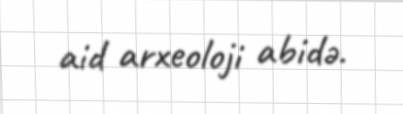
aid arxeoloji abidə.